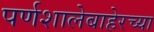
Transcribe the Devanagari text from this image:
पर्णशालेबाहेरच्या